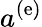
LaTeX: a^{\left(\mathrm{e}\right)}